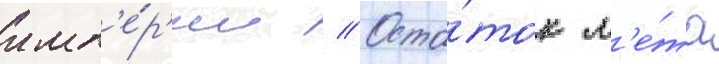
имп'е́р'ии // Оста́ток л'е́та